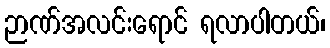
ဉာဏ်အလင်းရောင် ရလာပါတယ်၊